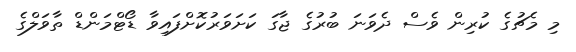
މި މެޗުގެ ކުރިން ވެސް ދެވަނަ ބުރުގެ ޖާގަ ކަށަވަރުކޮށްފައިވާ ޑޯޓްމަންޑް ތާވަލްގެ